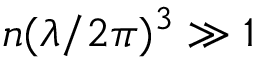
n ( \lambda / 2 \pi ) ^ { 3 } \gg 1